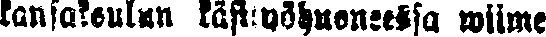
kansakoulun käsityöhuoneessa wiime